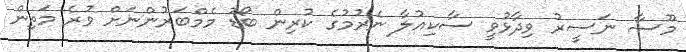
މޫސާ ނަސީރު ވިދާޅުވީ ސާކިއުލާ ނެރުމުގެ ކުރިން ބޯޑު މެމްބަރުންނަށް ވުރެ މަތިން